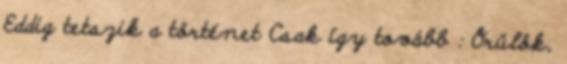
Eddig tetszik a történet Csak így tovább : Örülök,